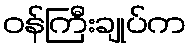
ဝန်ကြီးချုပ်က